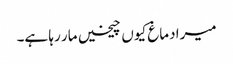
میرا دماغ کیوں چیخیں مار رہا ہے۔